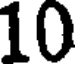
10